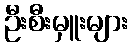
ဦးစီးမှူးများ